Indian journal of veterinary science and animal husbandry - Volume 4,
Year: 1934
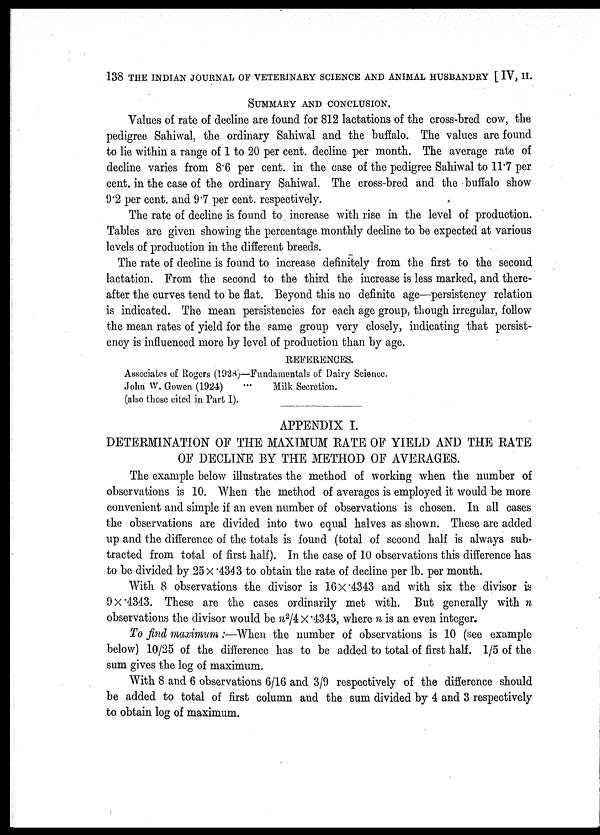
138 THE INDIAN JOURNAL OF VETERINARY SCIENCE AND ANIMAL HUSBANDRY [ IV, II.
SUMMARY AND CONCLUSION.
Values of rate of decline are found for 812 lactations of the cross-bred cow, the
pedigree Sahiwal, the ordinary Sahiwal and the buffalo. The values are found
to lie within a range of 1 to 20 per cent. decline per month. The average rate of
decline varies from 8.6 per cent. in the case of the pedigree Sahiwal to 11.7 per
cent. in the case of the ordinary Sahiwal. The cross-bred and the buffalo show
9.2 per cent. and 9.7 per cent. respectively.
The rate of decline is found to increase with rise in the level of production.
Tables are given showing the percentage monthly decline to be expected at various
levels of production in the different breeds.
The rate of decline is found to increase definitely from the first to the second
lactation. From the second to the third the increase is less marked, and there-
after the curves tend to be flat. Beyond this no definite age—persistency relation
is indicated. The mean persistencies for each age group, though irregular, follow
the mean rates of yield for the same group very closely, indicating that persist-
ency is influenced more by level of production than by age.
REFERENCES.
Associates of Rogers (1928)—Fundamentals of Dairy Science.
John W. Gowen (1924)
...
Milk Secretion,
(also those cited in Part I).
APPENDIX I.
DETERMINATION OF THE MAXIMUM RATE OF YIELD AND THE RATE
OF DECLINE BY THE METHOD OF AVERAGES.
The example below illustrates the method of working when the number of
observations is 10. When the method of averages is employed it would be more
convenient and simple if an even number of observations is chosen. In all cases
the observations are divided into two equal halves as shown. These are added
up and the difference of the totals is found (total of second half is always sub-
tracted from total of first half). In the case of 10 observations this difference has
to be divided by 25 × .4343 to obtain the rate of decline per lb. per month.
With 8 observations the divisor is 16 ×.4343 and with six the divisor is
9 ×.4343. These are the cases ordinarily met with. But generally with n
observations the divisor would be n 2 /4 × .4343, where n is an even integer.
To find maximum:—When the number of observations is 10 (see example
below) 10/25 of the difference has to be added to total of first half. 1/5 of the
sum gives the log of maximum.
With 8 and 6 observations 6/16 and 3/9 respectively of the difference should
be added to total of first column and the sum divided by 4 and 3 respectively
to obtain log of maximum.